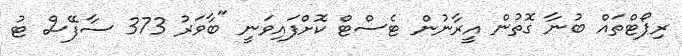
ރިޕޯޓްތައް ބުނާ ގޮތުން އީރާނުން ޓެސްޓް ކޮށްފައިވަނީ "ބާވަރު 373 ސާފޭސް ޓު